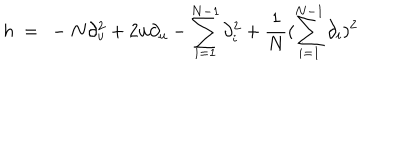
LaTeX: h \ = \ - N \partial _ { u } ^ { 2 } + 2 u \partial _ { u } - \sum _ { i = 1 } ^ { N - 1 } \partial _ { i } ^ { 2 } + \frac { 1 } { N } ( \sum _ { i = 1 } ^ { N - 1 } \partial _ { i } ) ^ { 2 }